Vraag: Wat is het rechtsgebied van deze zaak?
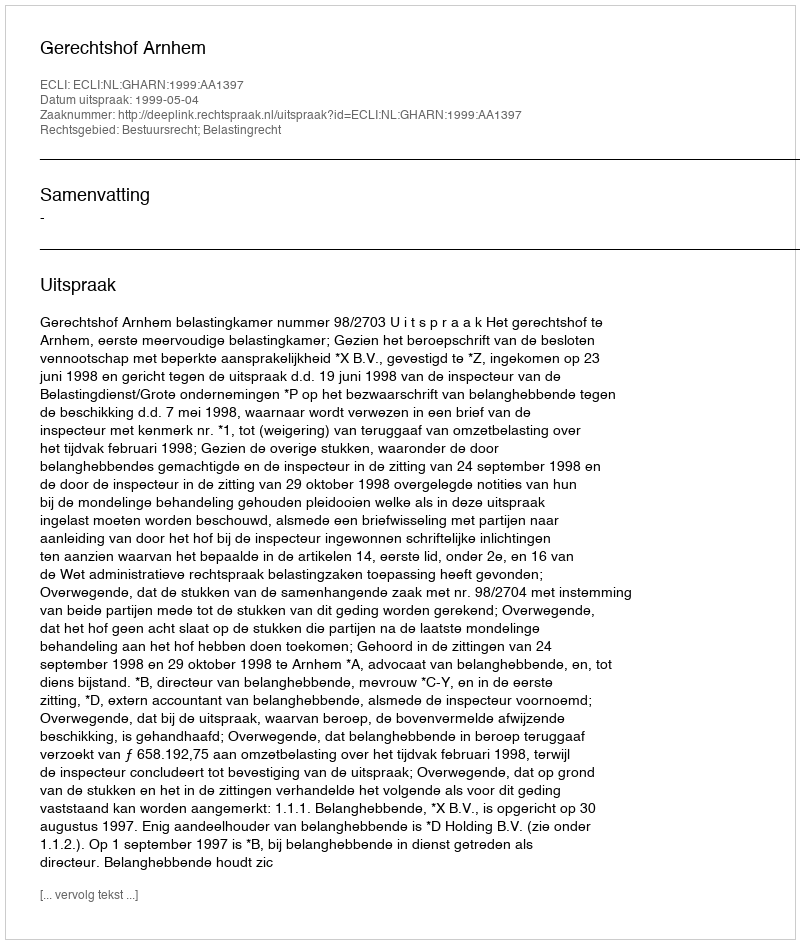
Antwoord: Bestuursrecht; Belastingrecht